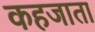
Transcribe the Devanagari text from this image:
कहजाता